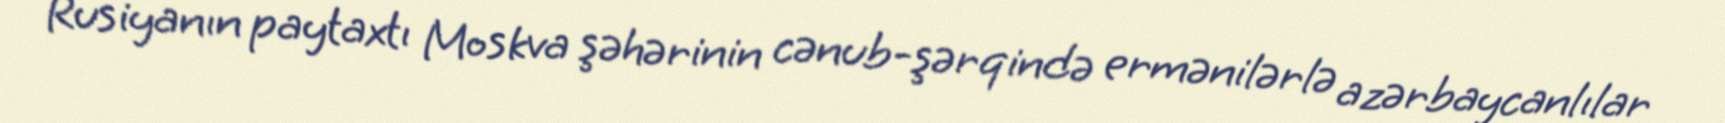
Rusiyanın paytaxtı Moskva şəhərinin cənub-şərqində ermənilərlə azərbaycanlılar